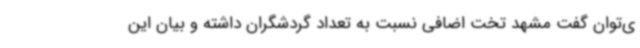
ی‌توان گفت مشهد تخت اضافی نسبت به تعداد گردشگران داشته و بیان این